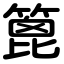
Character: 篦